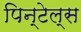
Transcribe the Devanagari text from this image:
पिन्टेल्स